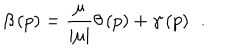
\beta \left( p \right) = \frac \mu { \left| \mu \right| } \theta \left( p \right) + \gamma \left( p \right) \; \, .